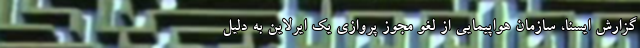
گزارش ایسنا، سازمان هواپیمایی از لغو مجوز پروازی یک ایرلاین به دلیل